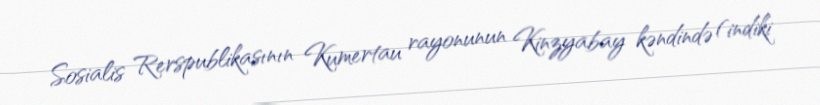
Sosialis Rerspublikasının Kumertau rayonunun Kinzyabay kəndində (indiki